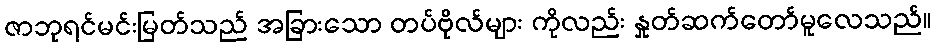
ဇာဘုရင်မင်းမြတ်သည် အခြားသော တပ်ဗိုလ်များ ကိုလည်း နှုတ်ဆက်တော်မူလေသည်။